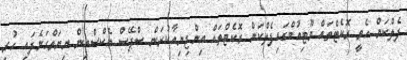
ފެލްކަން ހެވީ ރޮކެޓްތައް ޔޫޓިއުބްގައިފެލްކަން ރޮކެޓްތައް އިންޖިނިއާކުރަން ސްޕޭސް އެކްސްއިން ނިޔަތްގަނެފައި ހުރި